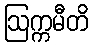
ဩက္ကမီတိ